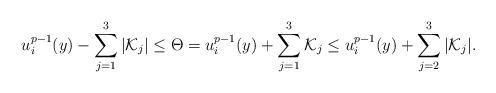
LaTeX: \begin{align*}u_{i}^{p-1}(y)-\sum^{3}_{j=1}|\mathcal{K}_{j}|\leq\Theta=u_{i}^{p-1}(y)+\sum^{3}_{j=1}\mathcal{K}_{j}\leq u_{i}^{p-1}(y)+\sum^{3}_{j=2}|\mathcal{K}_{j}|.\end{align*}